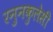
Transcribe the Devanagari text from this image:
रनुनकुलेसी